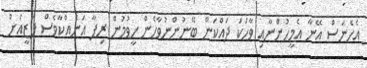
އެހެނަސް އޭނާ އެމީހުންނާއި ވާހަކަ ދައްކަން ބޭނުންނުވާހެން ހީވުމުން ރިފާ އަނެއްކާވެސް ފަޒީއަށް